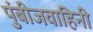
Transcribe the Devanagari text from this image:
पुंबीजवाहिनी